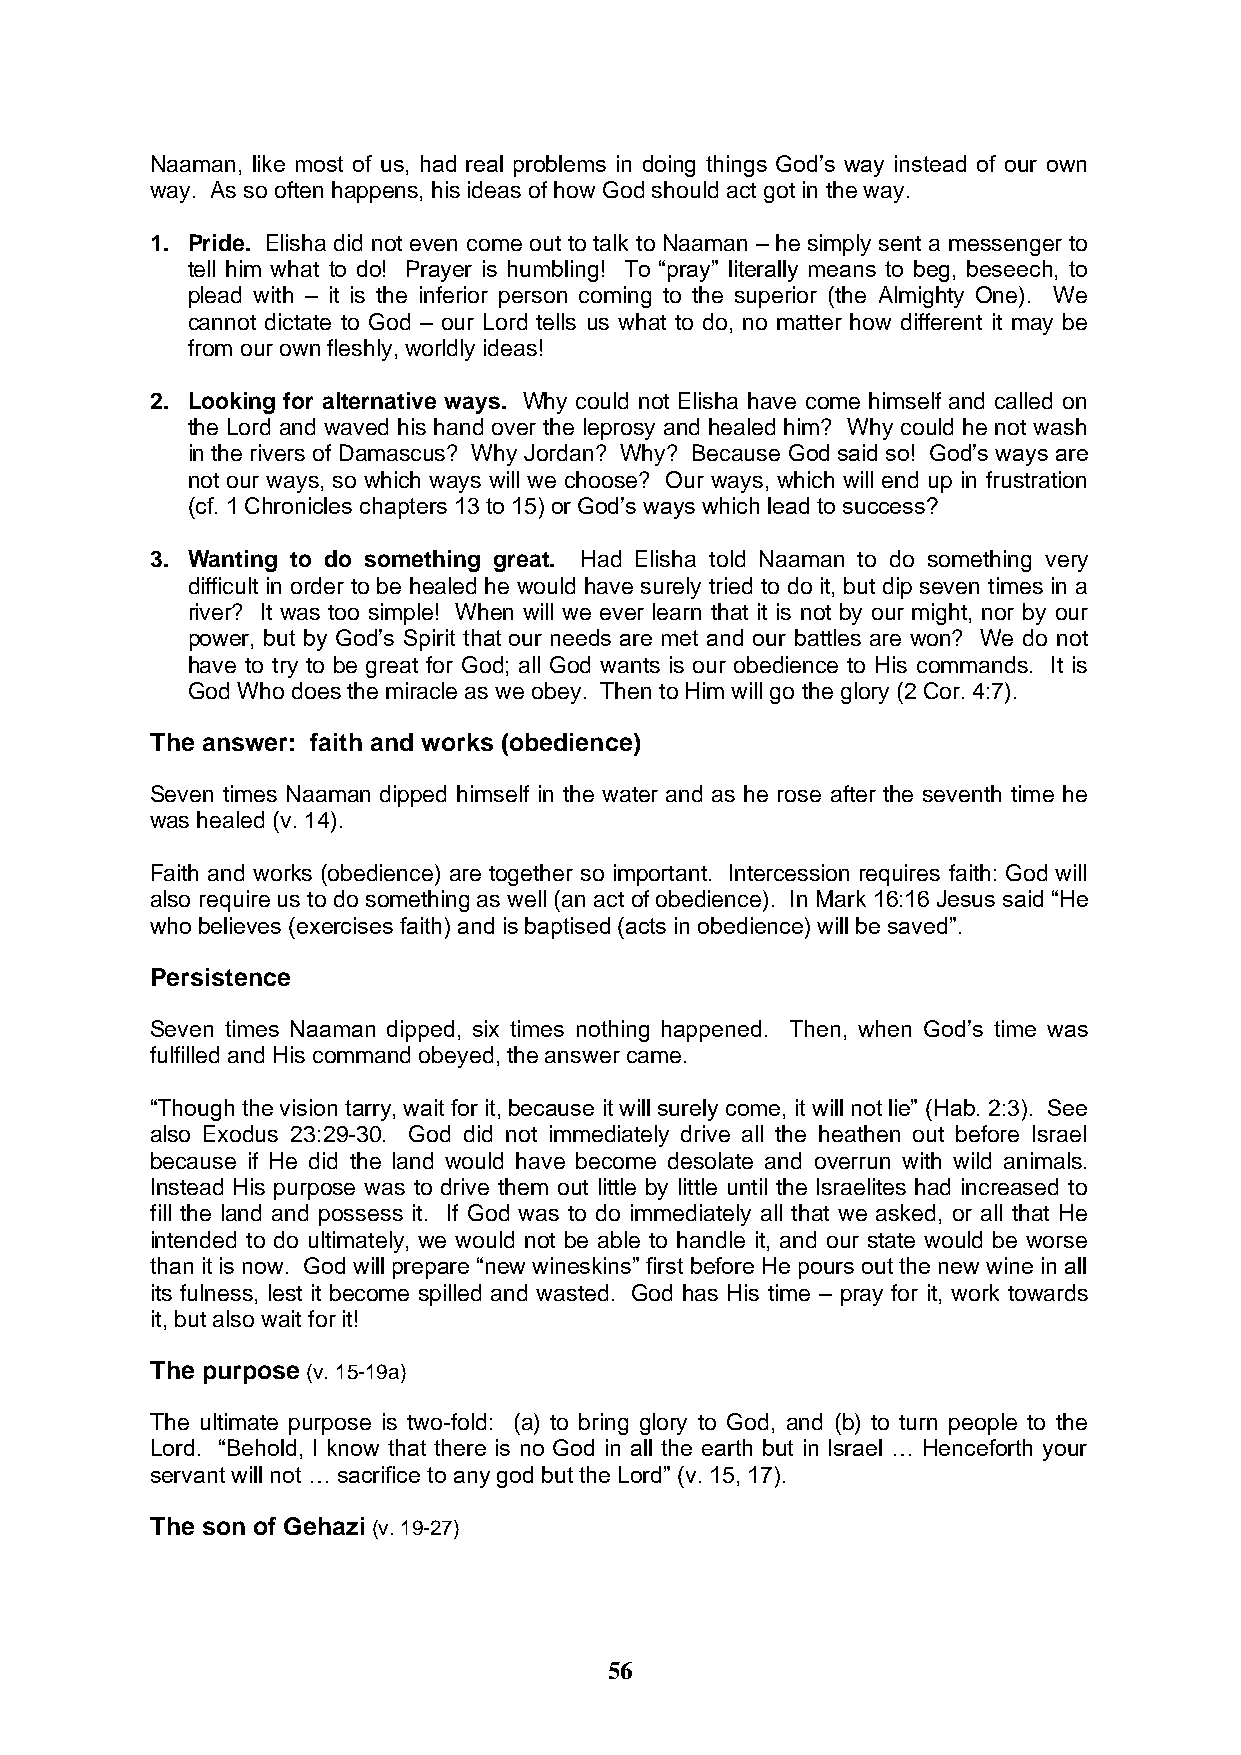
Naaman, like most of us, had real problems in doing things God’s way instead of our own
 way. As so often happens, his ideas of how God should act got in the way.
 1. Pride. Elisha did not even come out to talk to Naaman – he simply sent a messenger to
 tell him what to do! Prayer is humbling! To “pray” literally means to beg, beseech, to
 plead with – it is the inferior person coming to the superior (the Almighty One). We
 cannot dictate to God – our Lord tells us what to do, no matter how different it may be
 from our own fleshly, worldly ideas!
 2. Looking for alternative ways. Why could not Elisha have come himself and called on
 the Lord and waved his hand over the leprosy and healed him? Why could he not wash
 in the rivers of Damascus? Why Jordan? Why? Because God said so! God’s ways are
 not our ways, so which ways will we choose? Our ways, which will end up in frustration
 (cf. 1 Chronicles chapters 13 to 15) or God’s ways which lead to success?
 3. Wanting to do something great. Had Elisha told Naaman to do something very
 difficult in order to be healed he would have surely tried to do it, but dip seven times in a
 river? It was too simple! When will we ever learn that it is not by our might, nor by our
 power, but by God’s Spirit that our needs are met and our battles are won? We do not
 have to try to be great for God; all God wants is our obedience to His commands. It is
 God Who does the miracle as we obey. Then to Him will go the glory (2 Cor. 4:7).
 The answer: faith and works (obedience)
 Seven times Naaman dipped himself in the water and as he rose after the seventh time he
 was healed (v. 14).
 Faith and works (obedience) are together so important. Intercession requires faith: God will
 also require us to do something as well (an act of obedience). In Mark 16:16 Jesus said “He
 who believes (exercises faith) and is baptised (acts in obedience) will be saved”.
 Persistence
 Seven times Naaman dipped, six times nothing happened. Then, when God’s time was
 fulfilled and His command obeyed, the answer came.
 “Though the vision tarry, wait for it, because it will surely come, it will not lie” (Hab. 2:3). See
 also Exodus 23:29-30. God did not immediately drive all the heathen out before Israel
 because if He did the land would have become desolate and overrun with wild animals.
 Instead His purpose was to drive them out little by little until the Israelites had increased to
 fill the land and possess it. If God was to do immediately all that we asked, or all that He
 intended to do ultimately, we would not be able to handle it, and our state would be worse
 than it is now. God will prepare “new wineskins” first before He pours out the new wine in all
 its fulness, lest it become spilled and wasted. God has His time – pray for it, work towards
 it, but also wait for it!
 The purpose (v. 15-19a)
 The ultimate purpose is two-fold: (a) to bring glory to God, and (b) to turn people to the
 Lord. “Behold, I know that there is no God in all the earth but in Israel … Henceforth your
 servant will not … sacrifice to any god but the Lord” (v. 15, 17).
 The son of Gehazi (v. 19-27)
 56